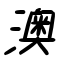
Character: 澳